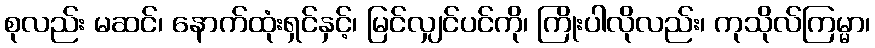
စုလည်း မဆင်၊ နောက်ထုံးရှင်နှင့်၊ မြင်လျှင်ပင်ကို၊ ကြိုးပါလိုလည်း၊ ကုသိုလ်ကြမ္မာ၊